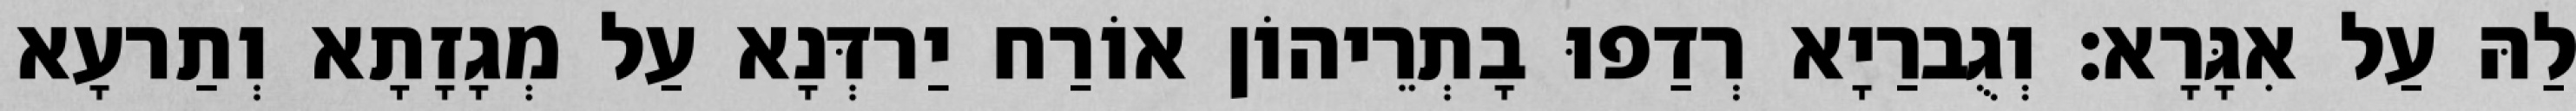
לַהּ עַל אִגָּרָא׃ וְגֻברַיָא רְדַפוּ בָתְרֵיהוֹן אוֹרַח יַרדְּנָא עַל מְגָזָתָא וְתַרעָא